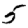
Digit: 5